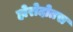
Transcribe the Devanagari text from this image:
होरोदोतस